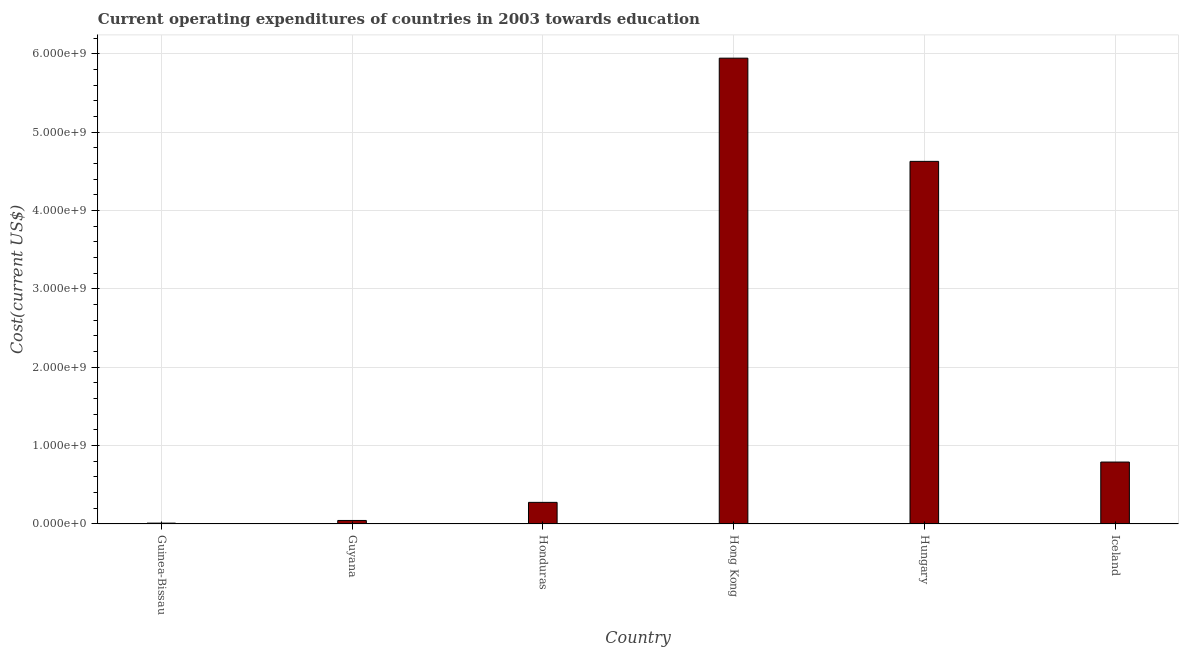
| Country | Education expenditure |
 | --- | --- |
 | Guinea-Bissau | 1.07e+07 |
 | Guyana | 4.49e+07 |
 | Honduras | 2.76e+08 |
 | Hong Kong | 5.94e+09 |
 | Hungary | 4.63e+09 |
 | Iceland | 7.9e+08 |